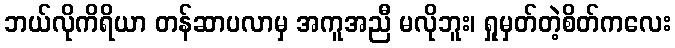
ဘယ်လိုကိရိယာ တန်ဆာပလာမှ အကူအညီ မလိုဘူး၊ ရှုမှတ်တဲ့စိတ်ကလေး